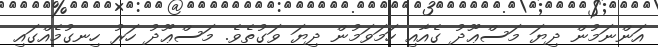
އަންނަމުން ދިޔަ މަސްޢޫދު ގެއާއި ހަމަވަމުން ދިޔަ ވަގުތެވެ. މަސްޢޫދު ހަރު ހިނގުމެއްގައި